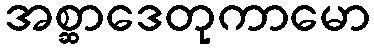
အစ္ဆာဒေတုကာမော